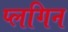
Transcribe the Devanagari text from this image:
प्लगिन